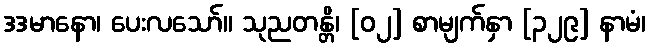
ဒဒမာနော၊ ပေးလသော်။ သုညတန္တိ၊ [၀၂] စာမျက်နှာ [၃၂၉] နာမံ၊